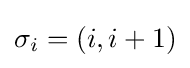
\sigma _{i}=(i,i+1)